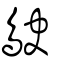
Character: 鴃